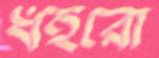
ধইরো